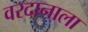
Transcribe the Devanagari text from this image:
वरदानाला